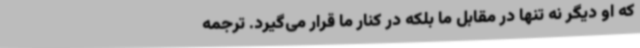
که او دیگر نه تنها در مقابل ما بلکه در کنار ما قرار می‌گیرد. ترجمه